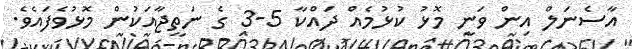
އާސެނަލް އިން ވަނީ މޮޅު ކުޅުމެއް ދައްކާ 5-3 ގެ ނަތީޖާއަކުން މޮޅުވެފައެވެ.